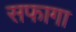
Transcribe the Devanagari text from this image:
सफागा